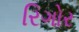
રિગોર